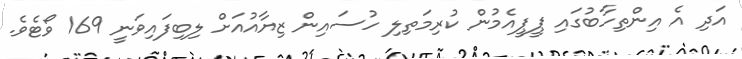
އަދި އެ އިންތިހާބުގައި ޕީޕީއެމުން ކުރިމަތިލި ހުސައިން ޒިޔާއުއަށް ލިބިފައިވަނީ 169 ވޯޓެވެ.